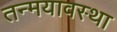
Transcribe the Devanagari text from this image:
तन्मयावस्था